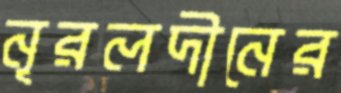
নূরলদীনের